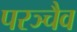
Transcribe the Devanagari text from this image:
परञ्चैव